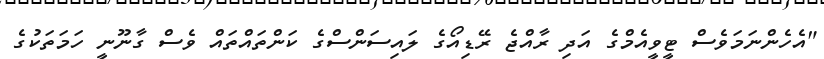
"އެހެންނަމަވެސް ޓީވީއެމްގެ އަދި ރާއްޖެ ރޭޑިއޯގެ ލައިސަންސްގެ ކަންތައްތައް ވެސް ގާނޫނީ ހަމަތަކުގެ